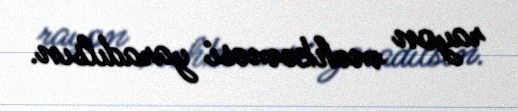
rayon məhkəməsi yaradılsın.